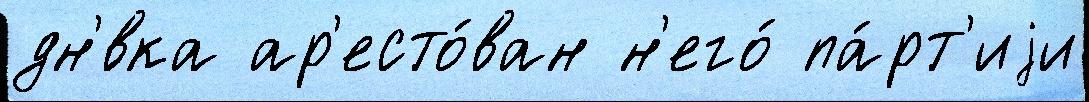
дн'́вка ар'есто́ван н'его́ па́рт'иjи